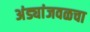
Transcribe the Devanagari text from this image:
अंड्यांजवळचा